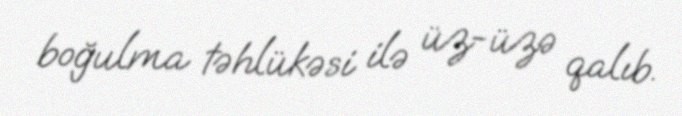
boğulma təhlükəsi ilə üz-üzə qalıb.